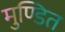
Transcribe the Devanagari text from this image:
मुण्डित